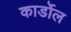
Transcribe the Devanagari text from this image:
कार्डोल